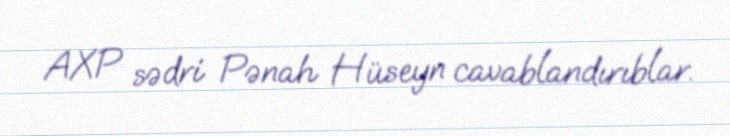
AXP sədri Pənah Hüseyn cavablandırıblar.